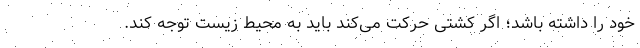
خود را داشته باشد؛ اگر کشتی حرکت می‌کند باید به محیط زیست توجه کند.